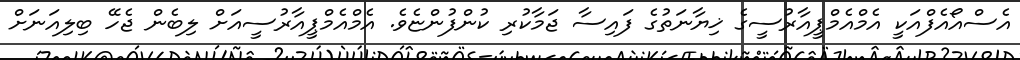
އެސްއޯއެފްއަކީ އެމްއެމްޕީއާރުސީގެ ޚިޔާނަތުގެ ފައިސާ ޖަމާކުރި ކުންފުންޏެވެ. އެމްއެމްޕީއާރުސީއަށް ލިބެން ޖެހޭ ބިލިއަނަށް